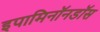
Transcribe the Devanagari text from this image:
इपामिनॉनडॉस